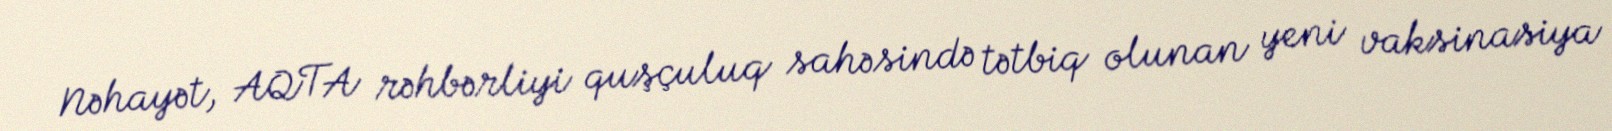
Nəhayət, AQTA rəhbərliyi quşçuluq sahəsində tətbiq olunan yeni vaksinasiya